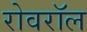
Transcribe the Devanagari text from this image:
रोवरॉल